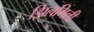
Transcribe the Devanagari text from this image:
झिलमिली